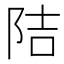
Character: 𮥁